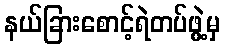
နယ်ခြားစောင့်ရဲတပ်ဖွဲ့မှ